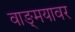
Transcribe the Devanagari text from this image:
वाङ्‍मयावर